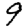
Digit: 9